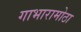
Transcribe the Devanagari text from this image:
गाभारामोठा